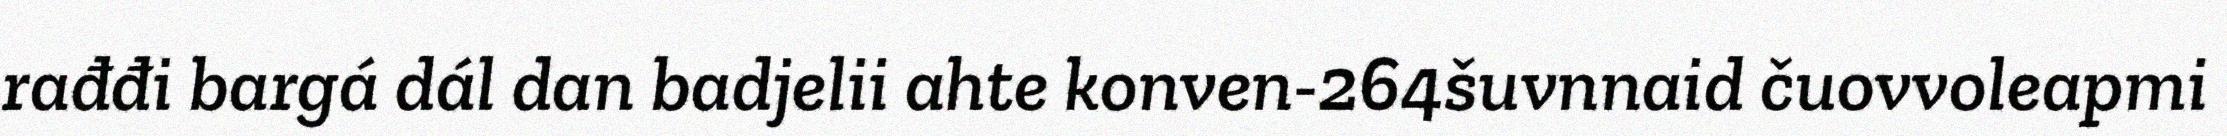
rađđi bargá dál dan badjelii ahte konven-264šuvnnaid čuovvoleapmi